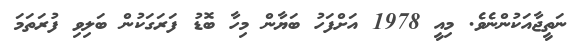
ނަތީޖާއަކުންނެވެ. މިއީ 1978 އަށްފަހު ބަޔާން މިހާ ބޮޑު ފަރަގަކުން ބަލިވި ފުރަތަމަ